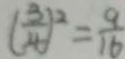
( \frac { 3 } { 4 } ) ^ { 2 } = \frac { 9 } { 1 6 }